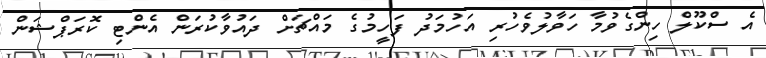
އެ ސްކޫލް ހިންގެވުމާ ހަވާލުވެހުރި އަހުމަދު ފަހީމުގެ މައްޗަށް ދައުވާކުރަން އެންޓި ކޮރަޕްޝަން